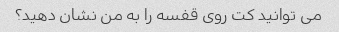
می توانید کت روی قفسه را به من نشان دهید؟